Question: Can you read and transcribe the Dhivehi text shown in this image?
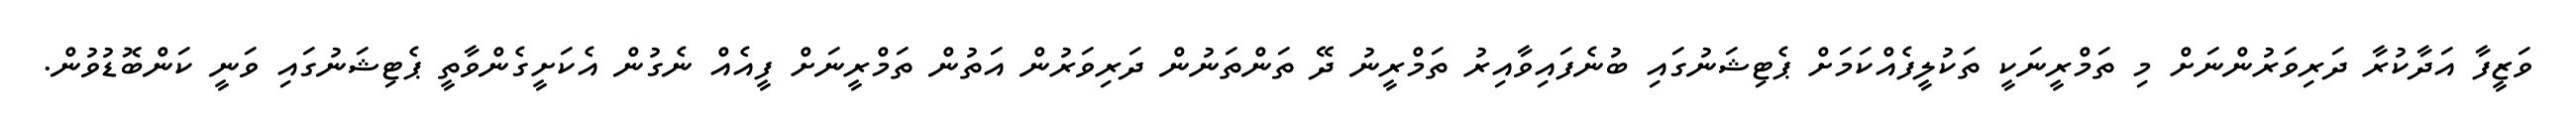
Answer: ވަޒީފާ އަދާކުރާ ދަރިވަރުންނަށް މި ތަމްރީނަކީ ތަކުލީފެއްކަމަށް ޕެޓިޝަނުގައި ބުނެފައިވާއިރު ތަމްރީނު ދޭ ތަންތަނުން ދަރިވަރުން އަތުން ތަމްރީނަށް ފީއެއް ނެގުން އެކަށީގެންވާތީ ޕެޓިޝަނުގައި ވަނީ ކަންބޮޑުވުން.